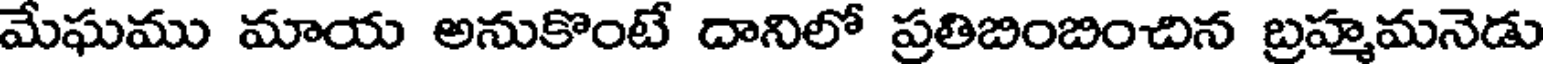
మేఘము మాయ అనుకొంటే దానిలో ప్రతిబింబించిన బ్రహ్మమనెడు